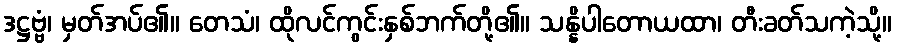
ဒဋ္ဌဗ္ဗံ၊ မှတ်အပ်၏။ တေသံ၊ ထိုလင်ကွင်းနှစ်ဘက်တို့၏။ သန္နိပါတောယထာ၊ တီးခတ်သကဲ့သို့။